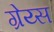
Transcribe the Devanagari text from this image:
ग्रेय्स